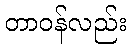
တာဝန်လည်း